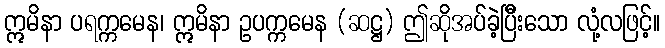
ဣမိနာ ပရက္ကမေန၊ ဣမိနာ ဥပက္ကမေန (ဆဋ္ဌ) ဤဆိုအပ်ခဲ့ပြိီးသော လုံ့လဖြင့်။